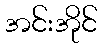
အင်းအိုင်